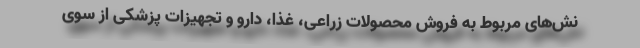
نش‌های مربوط به فروش محصولات زراعی، غذا، دارو و تجهیزات پزشکی از سوی